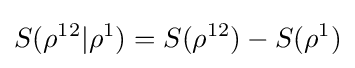
S(\rho ^{12}|\rho ^{1})=S(\rho ^{12})-S(\rho ^{1})